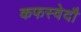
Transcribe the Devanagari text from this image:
कफस्वेदौ